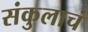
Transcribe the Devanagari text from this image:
संकुलाचं